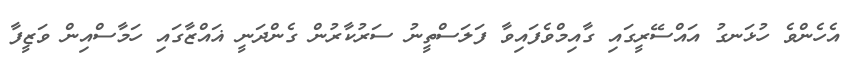
އެހެންވެ ހުޅަނގު އައްސޭރީގައި ގާއިމްވެފައިވާ ފަލަސްތީނު ސަރުކާރުން ގެންދަނީ ޣައްޒާގައި ހަމާސްއިން ވަޒީފާ